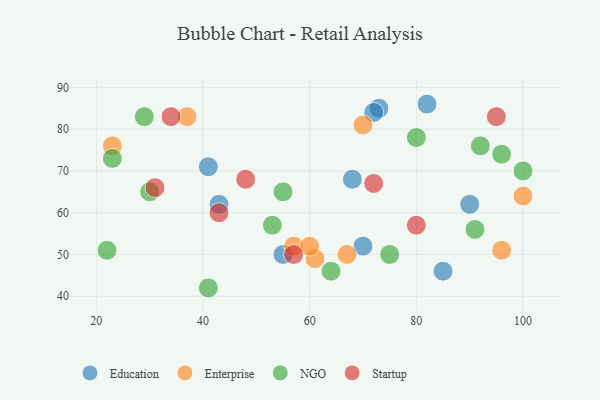
{"axis": {"x": "GDP", "y": "Life Expectancy"}, "legend": ["Education", "Enterprise", "NGO", "Startup"], "data": [{"x": "73", "y": 85, "type": "Education"}, {"x": "55", "y": 50, "type": "Education"}, {"x": "90", "y": 62, "type": "Education"}, {"x": "72", "y": 84, "type": "Education"}, {"x": "82", "y": 86, "type": "Education"}, {"x": "43", "y": 62, "type": "Education"}, {"x": "70", "y": 52, "type": "Education"}, {"x": "41", "y": 71, "type": "Education"}, {"x": "85", "y": 46, "type": "Education"}, {"x": "68", "y": 68, "type": "Education"}, {"x": "96", "y": 51, "type": "Enterprise"}, {"x": "37", "y": 83, "type": "Enterprise"}, {"x": "23", "y": 76, "type": "Enterprise"}, {"x": "61", "y": 49, "type": "Enterprise"}, {"x": "100", "y": 64, "type": "Enterprise"}, {"x": "67", "y": 50, "type": "Enterprise"}, {"x": "57", "y": 52, "type": "Enterprise"}, {"x": "70", "y": 81, "type": "Enterprise"}, {"x": "60", "y": 52, "type": "Enterprise"}, {"x": "29", "y": 83, "type": "NGO"}, {"x": "53", "y": 57, "type": "NGO"}, {"x": "64", "y": 46, "type": "NGO"}, {"x": "80", "y": 78, "type": "NGO"}, {"x": "55", "y": 65, "type": "NGO"}, {"x": "30", "y": 65, "type": "NGO"}, {"x": "91", "y": 56, "type": "NGO"}, {"x": "92", "y": 76, "type": "NGO"}, {"x": "22", "y": 51, "type": "NGO"}, {"x": "96", "y": 74, "type": "NGO"}, {"x": "23", "y": 73, "type": "NGO"}, {"x": "75", "y": 50, "type": "NGO"}, {"x": "41", "y": 42, "type": "NGO"}, {"x": "100", "y": 70, "type": "NGO"}, {"x": "34", "y": 83, "type": "Startup"}, {"x": "72", "y": 67, "type": "Startup"}, {"x": "57", "y": 50, "type": "Startup"}, {"x": "31", "y": 66, "type": "Startup"}, {"x": "80", "y": 57, "type": "Startup"}, {"x": "48", "y": 68, "type": "Startup"}, {"x": "95", "y": 83, "type": "Startup"}, {"x": "43", "y": 60, "type": "Startup"}]}